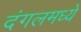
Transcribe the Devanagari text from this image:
दंगलमध्ये